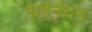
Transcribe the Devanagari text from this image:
ग्रहनंदन